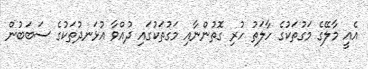
އެއީ މާލޭގެ މަގުތަކުގެ ހާލަތު ހުރި ގޮތުންނާއި މަގުތަކުގައި ދުއްވާ އުޅަނދުތަކުގެ ސަބަބުން